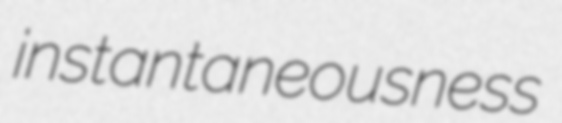
instantaneousness